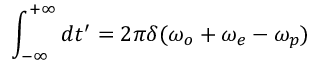
\int _ { - \infty } ^ { + \infty } d t ^ { \prime } = 2 \pi \delta ( \omega _ { o } + \omega _ { e } - \omega _ { p } )